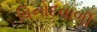
વિનોદવાળી